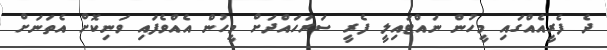
ދެ ފެރީއެއްގައި މީހުން ނައްޓައިލީ ފެރީ ސަރަހައްދަށް މީހުން އެއްވެފައި ވަނިކޮށް އެތަނަށް